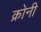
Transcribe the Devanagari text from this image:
क्रोनी